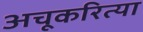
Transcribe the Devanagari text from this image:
अचूकरित्या